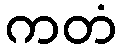
ကတံ